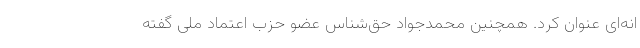
انه‌ای عنوان کرد. همچنین محمدجواد حق‌شناس عضو حزب اعتماد ملی گفته